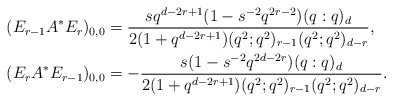
\begin{align*} (E_{r-1} A^* E_r)_{0,0} & =\frac{ s q^{d-2r+1} (1-s^{-2}q^{2r-2}) (q:q)_d } {2 (1+q^{d-2r+1}) (q^2;q^2)_{r-1} (q^2;q^2)_{d-r}},\\ (E_{r} A^* E_{r-1})_{0,0} & = - \frac{ s (1-s^{-2}q^{2d-2r}) (q:q)_d } {2 (1+q^{d-2r+1}) (q^2;q^2)_{r-1} (q^2;q^2)_{d-r}}.\end{align*}